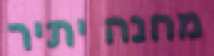
מחנה יתיר